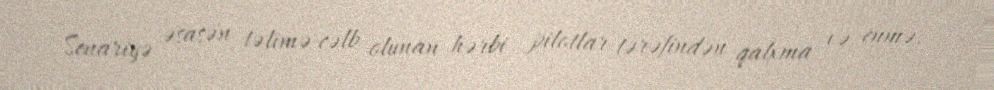
Senariyə əsasən təlimə cəlb olunan hərbi pilotlar tərəfindən qalxma və enmə,